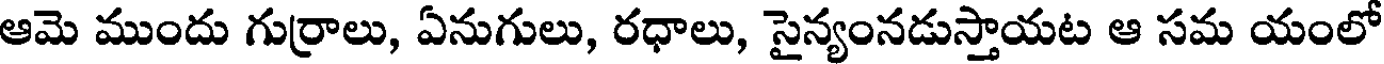
ఆమె ముందు గుర్రాలు, ఏనుగులు, రధాలు, సైన్యంనడుస్తాయట ఆ సమ యంలో